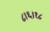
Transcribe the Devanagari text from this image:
८।६।१८